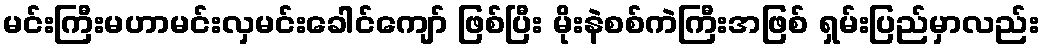
မင်းကြီးမဟာမင်းလှမင်းခေါင်ကျော် ဖြစ်ပြီး မိုးနဲစစ်ကဲကြီးအဖြစ် ရှမ်းပြည်မှာလည်း